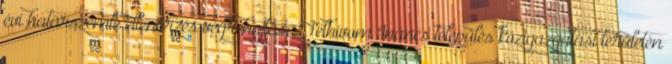
évi határszemle ellenőrzés végrehajtása Felhívom Ináncs település közigazgatási területén